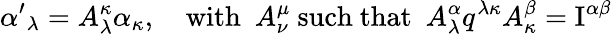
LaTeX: {\alpha^{\prime}}_{\lambda}=A_{\lambda}^{\kappa}\alpha_{\kappa},\quad\mathrm{with}\ \ A_{\nu}^{\mu}\ \mathrm{such\ that}\ \ A_{\lambda}^{\alpha}q^{\lambda\kappa}A_{\kappa}^{\beta}=\mathrm{I}^{\alpha\beta}